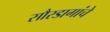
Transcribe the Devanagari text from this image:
सौरडागांचे